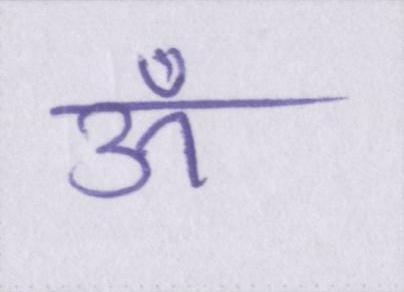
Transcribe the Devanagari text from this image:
ऊँ